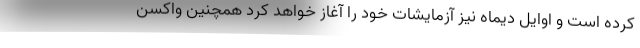
کرده است و اوایل دیماه نیز آزمایشات خود را آغاز خواهد کرد همچنین واکسن